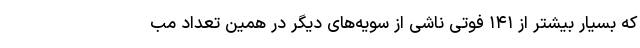
که بسیار بیشتر از ۱۴۱ فوتی ناشی از سویه‌های دیگر در همین تعداد مب